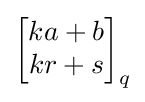
{\begin{bmatrix}ka+b\\kr+s\end{bmatrix}}_{q}